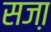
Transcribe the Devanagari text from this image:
सजा़